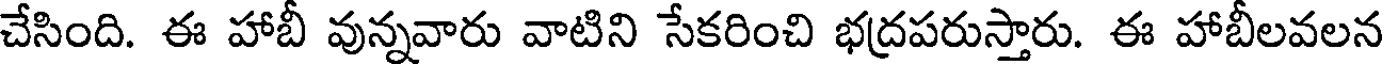
చేసింది. ఈ హాబీ వున్నవారు వాటిని సేకరించి భద్రపరుస్తారు. ఈ హాబీలవలన